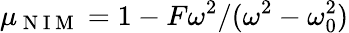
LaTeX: \mu_{\mathrm{~N~I~M~}}=1-F\omega^{2}/(\omega^{2}-\omega_{0}^{2})